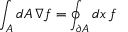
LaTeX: \int _ { A } d A \, \nabla f = \oint _ { \partial A } d x \, f